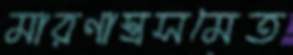
মারণাস্ত্রসমেত